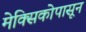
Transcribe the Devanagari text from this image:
मेक्सिकोपासून